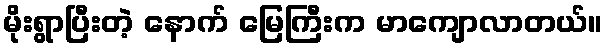
မိုးရွာပြီးတဲ့ နောက် မြေကြီးက မာကျောလာတယ်။